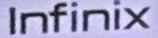
Infinix